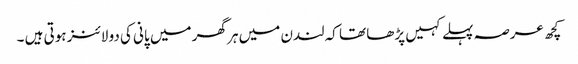
کچھ عرصہ پہلے کہیں پڑھا تھا کہ لندن میں ہر گھر میں پانی کی دو لائنز ہوتی ہیں ۔